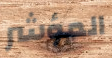
المؤشر